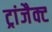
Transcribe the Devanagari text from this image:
ट्रांजैक्ट